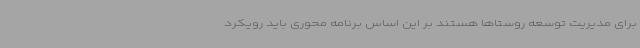
برای مدیریت توسعه روستاها هستند بر این اساس برنامه محوری باید رویکرد